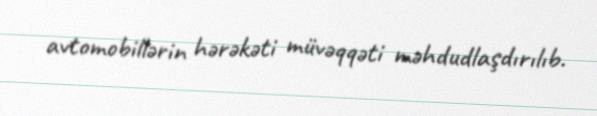
avtomobillərin hərəkəti müvəqqəti məhdudlaşdırılıb.